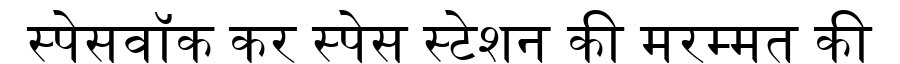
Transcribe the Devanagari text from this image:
स्पेसवॉक कर स्पेस स्टेशन की मरम्मत की